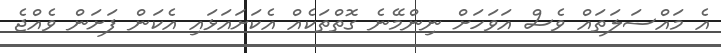
އެ މައްސަލަތައް ވެސް އަވަހަށް ނިންމޭނެ ގޮތްތަކެއް އެކަށައަޅައި އެކަން ފަށަން ވެއްޖެ